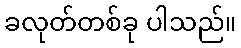
ခလုတ်တစ်ခု ပါသည်။